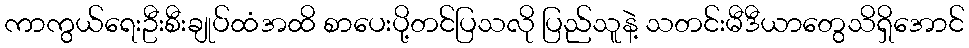
ကာကွယ်ရေးဦးစီးချုပ်ထံအထိ စာပေးပို့တင်ပြသလို ပြည်သူနဲ့ သတင်းမီဒီယာတွေသိရှိအောင်